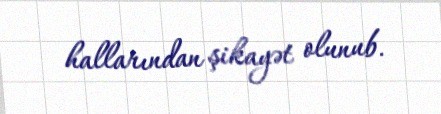
hallarından şikayət olunub.